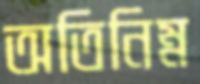
অতিনিম্ন